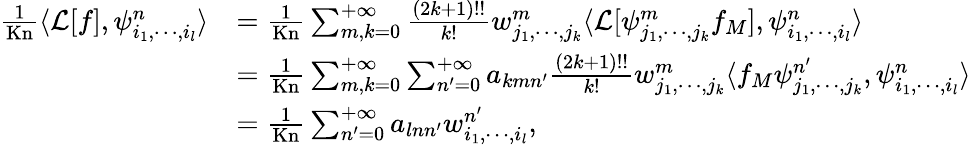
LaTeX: \begin{array}{rl}{\frac{1}{\mathrm{Kn}}\langle\mathcal{L}[f],\psi_{i_{1},\cdots,i_{l}}^{n}\rangle}&{=\frac{1}{\mathrm{Kn}}\sum_{m,k=0}^{+\infty}\frac{(2k+1)!!}{k!}w_{j_{1},\cdots,j_{k}}^{m}\langle\mathcal{L}[\psi_{j_{1},\cdots,j_{k}}^{m}f_{M}],\psi_{i_{1},\cdots,i_{l}}^{n}\rangle}\\ &{=\frac{1}{\mathrm{Kn}}\sum_{m,k=0}^{+\infty}\sum_{n^{\prime}=0}^{+\infty}a_{kmn^{\prime}}\frac{(2k+1)!!}{k!}w_{j_{1},\cdots,j_{k}}^{m}\langle f_{M}\psi_{j_{1},\cdots,j_{k}}^{n^{\prime}},\psi_{i_{1},\cdots,i_{l}}^{n}\rangle}\\ &{=\frac{1}{\mathrm{Kn}}\sum_{n^{\prime}=0}^{+\infty}a_{lnn^{\prime}}w_{i_{1},\cdots,i_{l}}^{n^{\prime}},}\end{array}